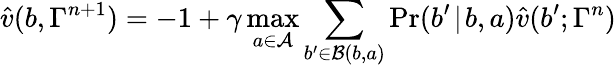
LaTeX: \hat{v}(b,\Gamma^{n+1})=-1+\gamma\operatorname*{max}_{a\in\mathcal{A}}\sum_{b^{\prime}\in\mathcal{B}(b,a)}\operatorname*{Pr}(b^{\prime}\! \mid\! b,a)\hat{v}(b^{\prime};\Gamma^{n})